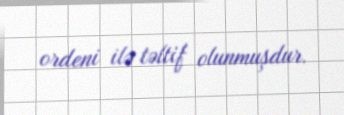
ordeni ilə təltif olunmuşdur.